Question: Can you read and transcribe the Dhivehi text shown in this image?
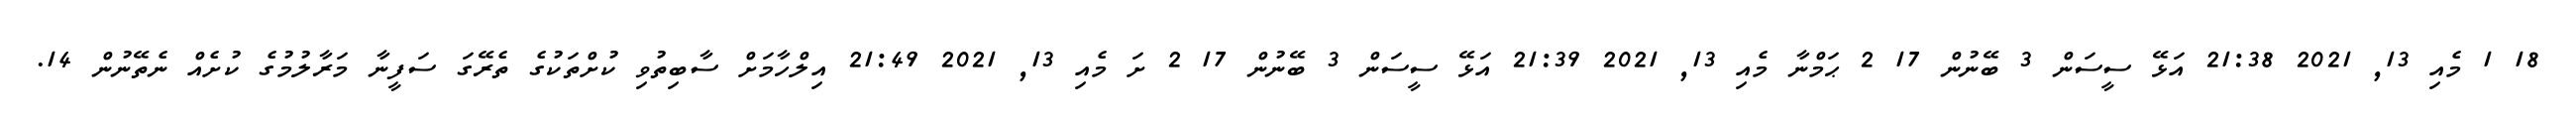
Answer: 18 1 މެއި 13, 2021 21:38 އަޅޭ ސީސަން 3 ބޭނުން 17 2 ޙަމްނާ މެއި 13, 2021 21:39 އަޅޭ ސީސަން 3 ބޭނުން 17 2 ށަ މެއި 13, 2021 21:49 އިލްހާމަށް ސާބިތުވި ކުށްތަކުގެ ތެރޭގަ ސަފީނާ މަރާލުމުގެ ކުށެއް ނެތޭނުން 14.